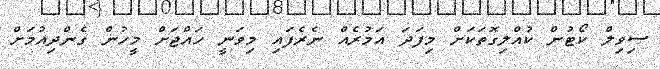
ސިވިލް ކޯޓުން ކުއްލިގޮތަކަށް މިފަދަ އަމުރެއް ނެރެފައި މިވަނީ ހައްޖަށް މީހުން ގެންދިއުމަށް